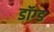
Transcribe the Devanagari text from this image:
डॉग्ड